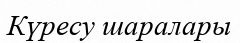
Күресу шаралары